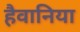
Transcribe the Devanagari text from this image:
हैवानिया